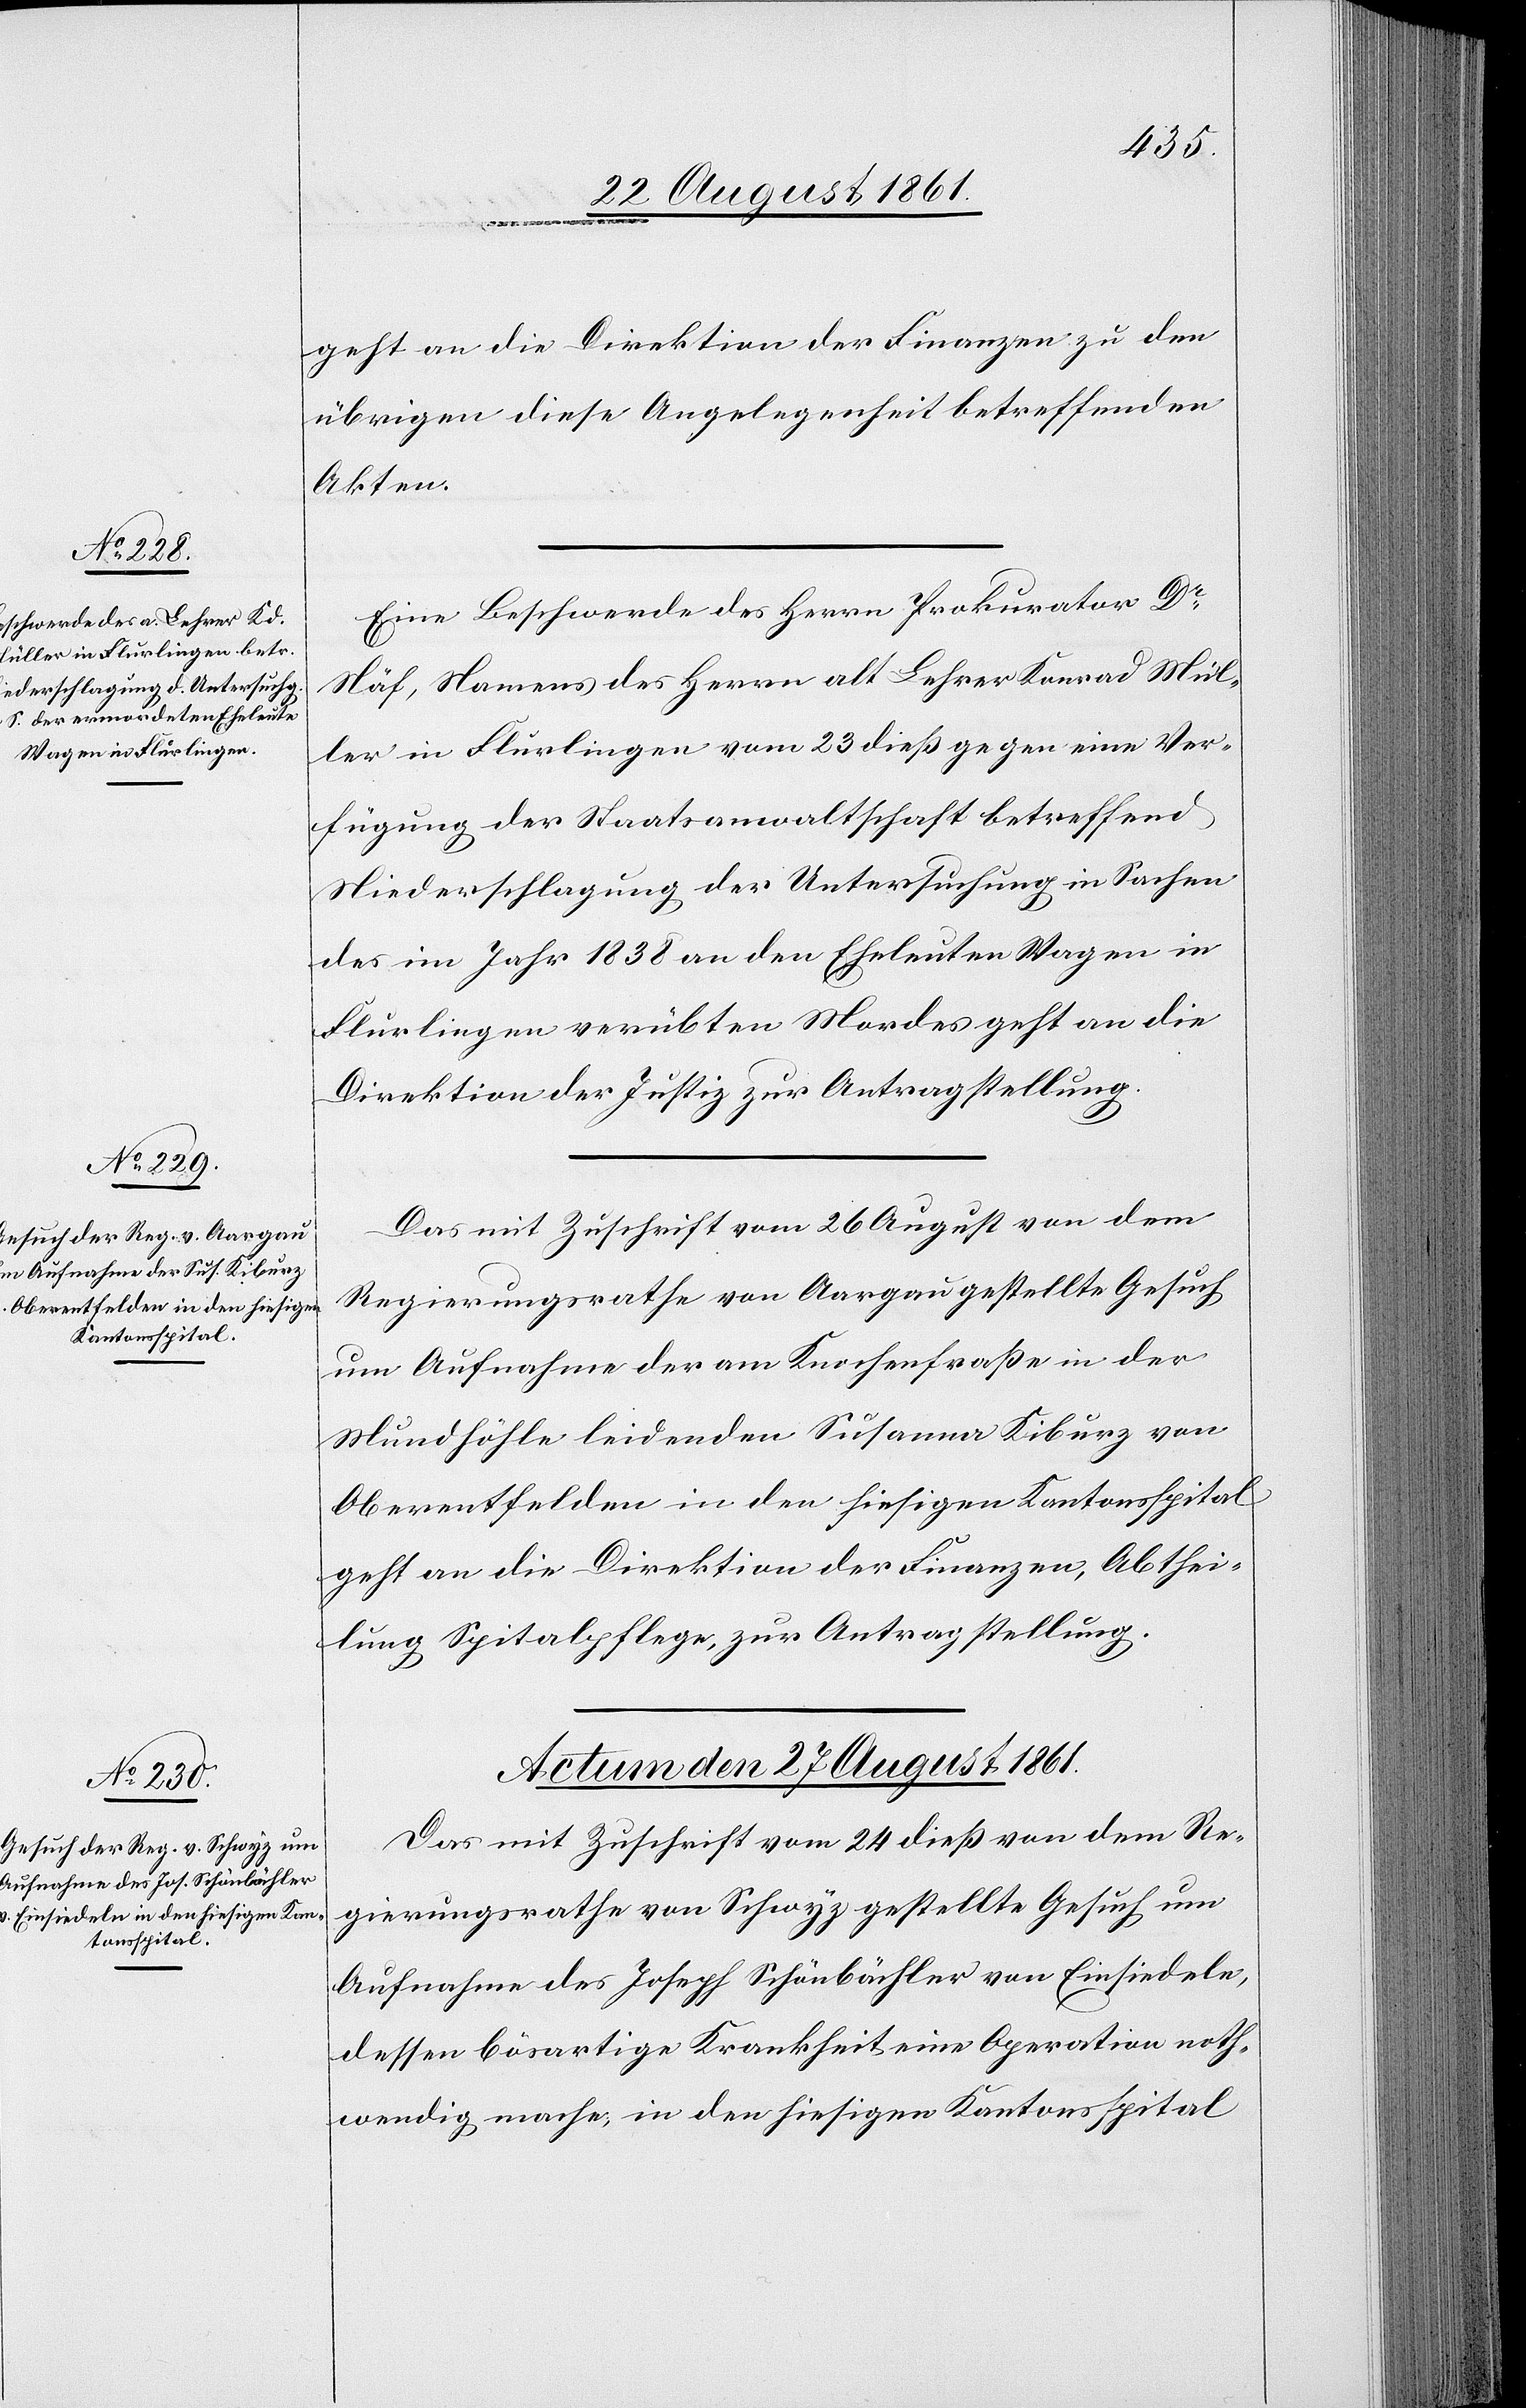
geht an die Direktion der Finanzen zu den
übrigen diese Angelegenheit betreffenden
Akten.
Eine Beschwerde des Herrn Prokurator Dr
Näf, Namens des Herrn alt Lehrer Konrad Mül¬
ler in Flurlingen vom 23 dieß gegen eine Ver¬
fügung der Staatsanwaltschaft betreffend
Niederschlagung der Untersuchung in Sachen
des im Jahr 1838 an den Eheleuten Wagen in
Flurlingen verübten Mordes geht an die
Direktion der Justiz zur Antragstellung.
Das mit Zuschrift vom 26 August von dem
Regierungsrathe von Aargau gestellte Gesuch
um Aufnahme der am Knochenfraße in der
Mündhöhle leidenden Susanna Kiburz von
Oberentfelden in den hiesigen Kantonsspital
geht an die Direktion der Finanzen, Abthei¬
lung Spitalpflege, zur Antragstellung.
Actum den 27 August 1861.
Das mit Zuschrift vom 24 dieß von dem Re¬
gierungsrathe von Schwyz gestellte Gesuch um
Aufnahme des Joseph Schönbächler von Einsiedeln,
dessen bösartige Krankheit eine Operation noth¬
wendig mache, in den hiesigen Kantonsspital